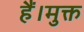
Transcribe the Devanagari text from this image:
हैं।मुक्त